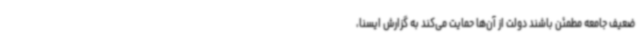
ضعیف جامعه مطمئن باشند دولت از آن‌ها حمایت می‌کند به گزارش ایسنا،